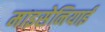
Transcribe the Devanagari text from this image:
माइसेनियाई